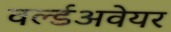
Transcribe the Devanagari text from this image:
वर्ल्डअवेयर